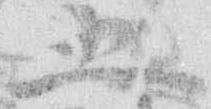
五